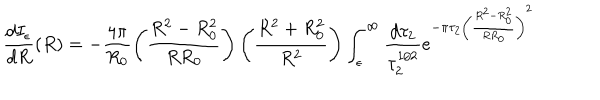
LaTeX: \frac { d I _ { \epsilon } } { d R } ( R ) = - \frac { 4 \pi } { R _ { 0 } } \left( \frac { R ^ { 2 } - R _ { 0 } ^ { 2 } } { R R _ { 0 } } \right) \left( \frac { R ^ { 2 } + R _ { 0 } ^ { 2 } } { R ^ { 2 } } \right) \int _ { \epsilon } ^ { \infty } \frac { d \tau _ { 2 } } { \tau _ { 2 } ^ { 1 / 2 } } e ^ { - \pi \tau _ { 2 } \left( \frac { R ^ { 2 } - R _ { 0 } ^ { 2 } } { R R _ { 0 } } \right) ^ { 2 } }